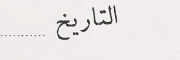
التاريخ